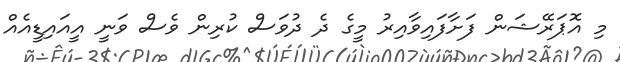
މި އޮޕަރޭޝަން ފަށާފައިވާއިރު މީގެ ދެ ދުވަސް ކުރިން ވެސް ވަނީ އީއައިޑީއެއް